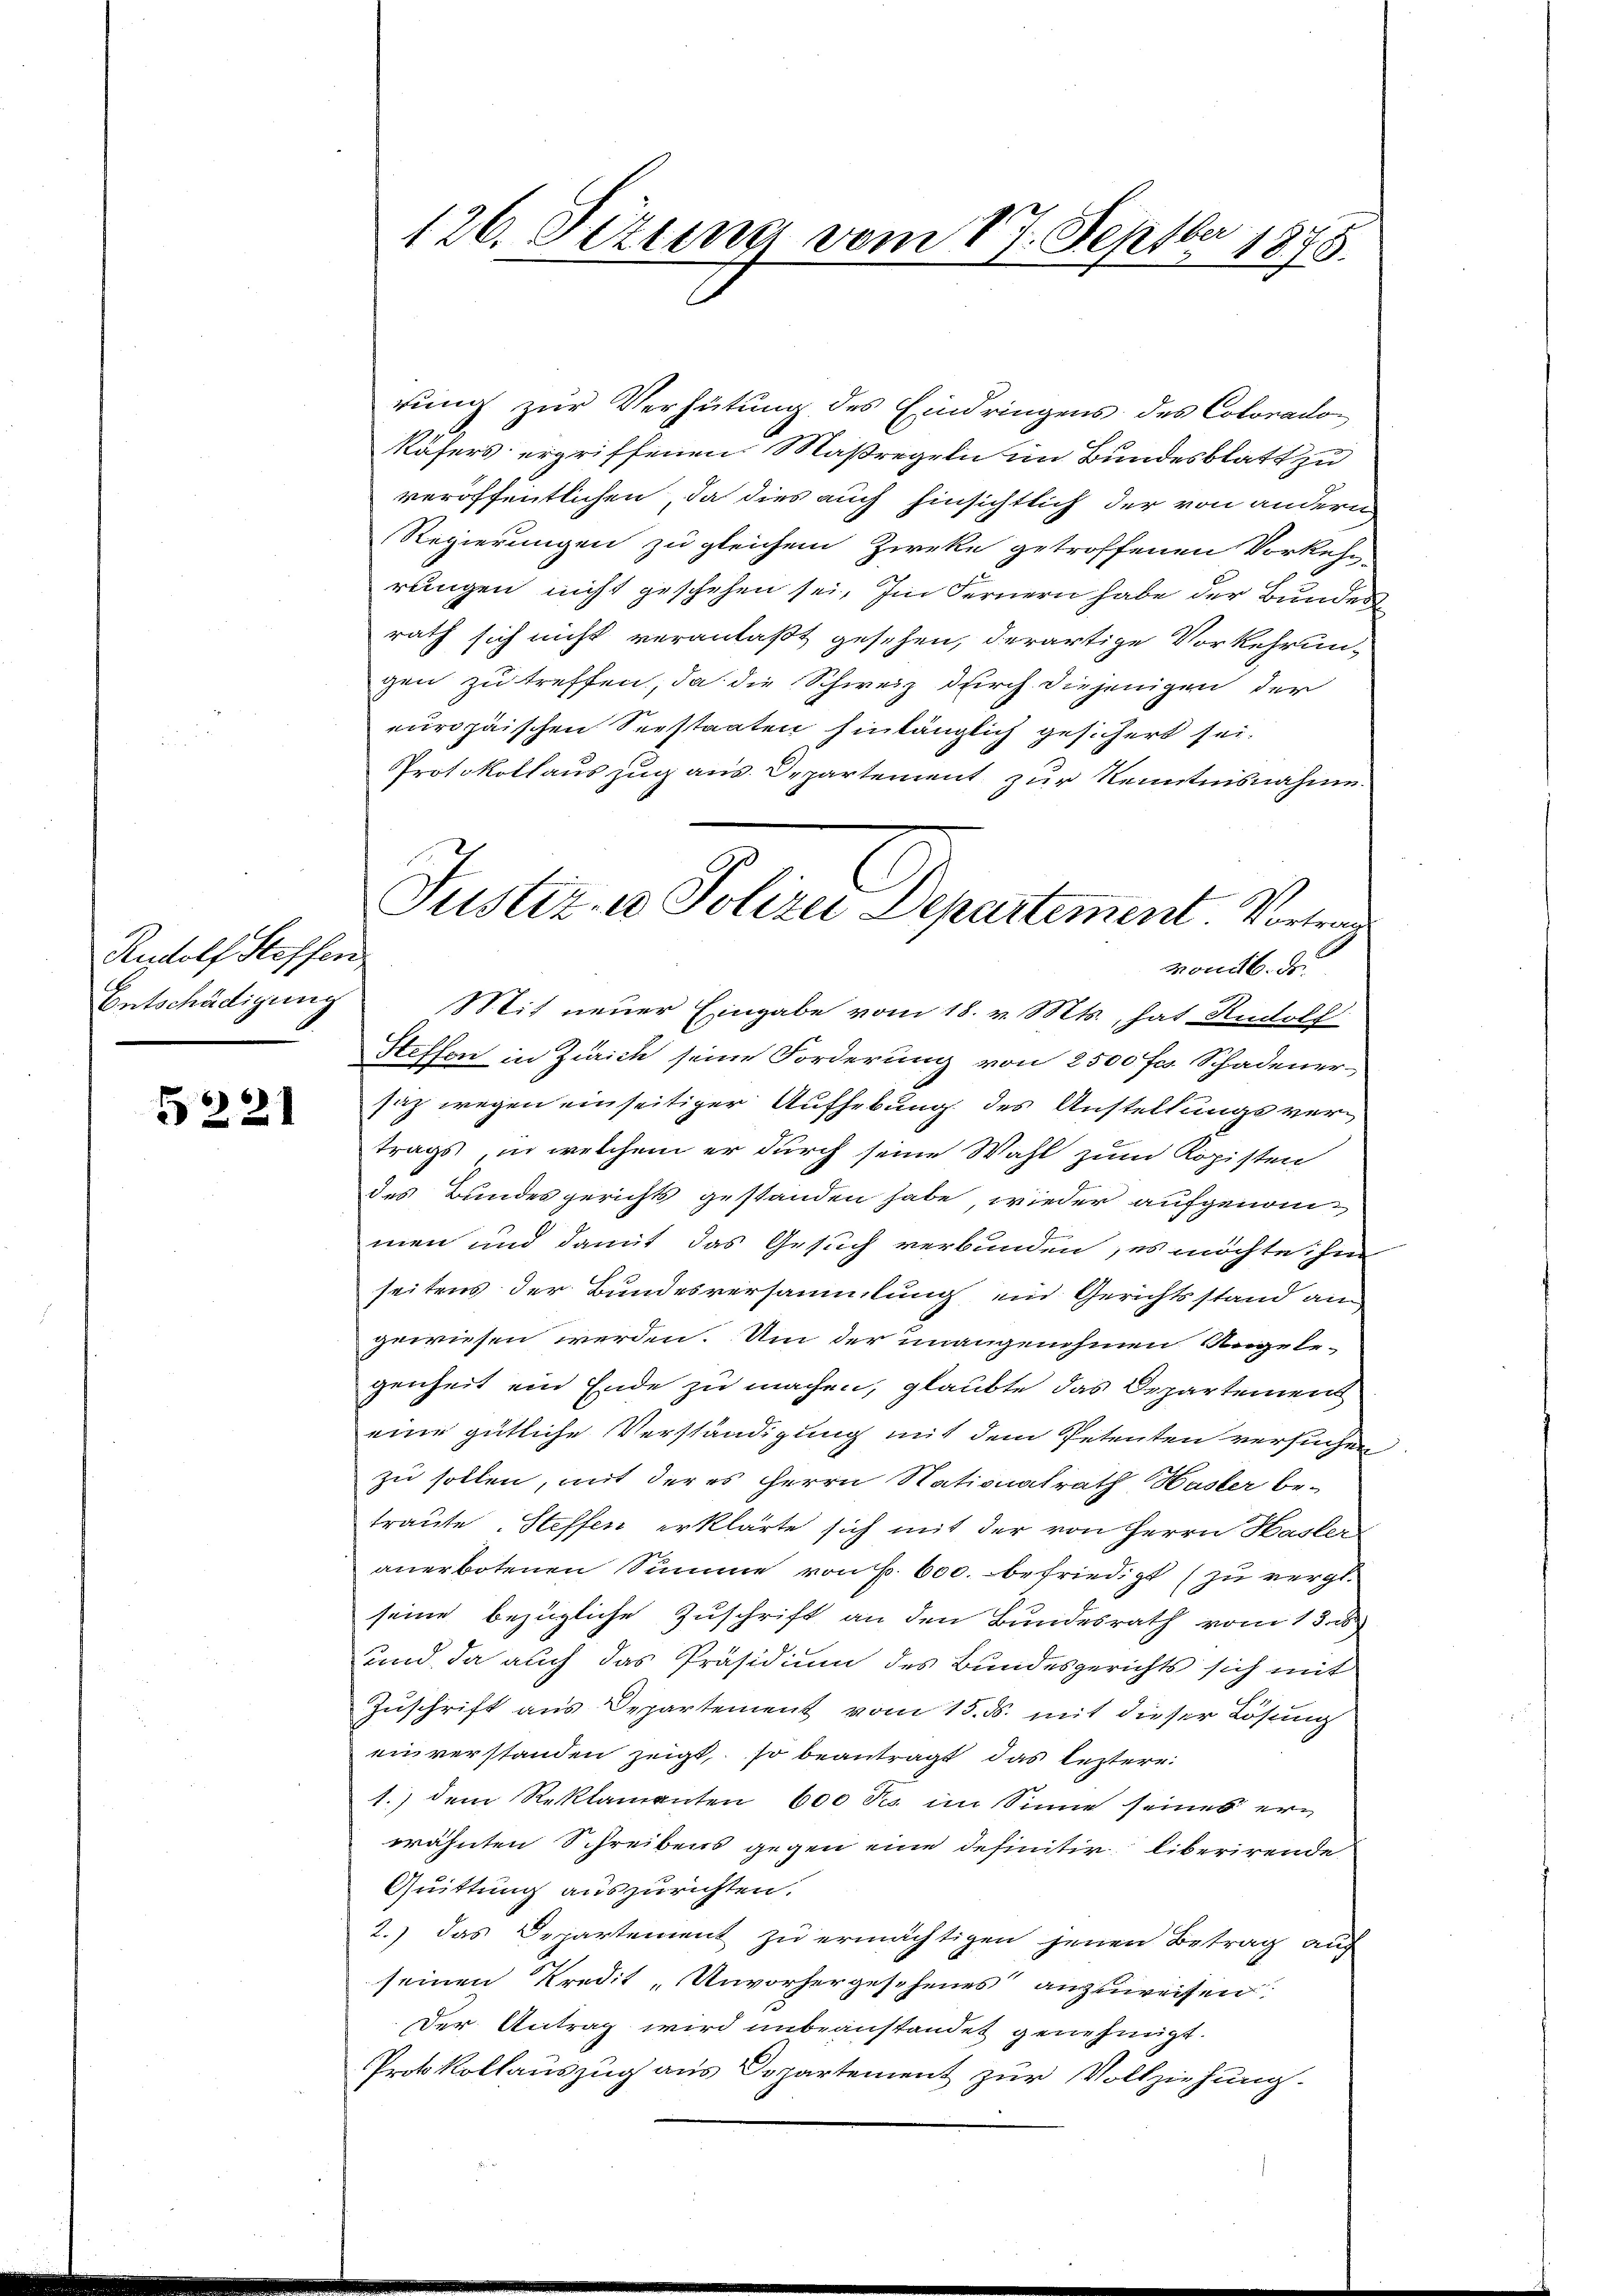
Rudolf Steffen
Entschädigung

5221

rung zur Verhütung des Eindringens des Colorado¬
Rösers ergriffenen Maßregeln im Bundesblatt zu
veröffentlichen, da dies auch hinsichtlich der von andern
Regierungen zu gleichem Zwecke getroffenen Vorkehr-
rungen nicht geschehen sei. Im Fernern habe der Bundes
rath sich nicht veranlaßt gesehen, derartige Vorkehrun-
gen zu treffen, da die Schweiz durch diejenigen der
europäischen Seestaaten hinlänglich gesichert sei.
Protokollauszug aus Departement zur Kenntnisnahme.
Mit neuer Eingabe vom 18. v. Mts., hat Rudolf
Heffen in Zürich seine Forderung von 2500 Fr. Schadenersaz wegen einseitiger Aufhebung des Anstellungsvertrags, in welchem er durch seine Wahl zum Kopisten
des Bundesgerichts gestanden habe, wieder aufgenommen und damit das Gesuch verbunden, es möchte. Im
seitens der Bundesversammlung ein Gerichtsstand an
gewiesen werden. Um der unangenehmen Ungele-
genheit ein Ende zu machen, glaubte das Departement
eine gütliche Verständigung mit dem Petenten versuchen
zu sollen, mit der es Herrn Nationalrath Hasler betraute Steffen erklärte sich mit der von Herrn Hasler
anerbotenen Summe von f. 600. befriedigt (zu vergl.
seine bezügliche Zuschrift an den Bundesrath vom 13. is
sund da auch das Präsidium des Bundesgerichts sich mit
Zuschrift aus Departement vom 15. ds. mit dieser Lösung
einverstanden zeigt, so beantragt das leztere
1.) dem Reklamanten 600 des im Sinne seines ern
wähnten Schreibens gegen eine definitir liberirende
Quittung auszurichten.
2.) das Departement zu ermächtigen jenen Betrag auf
seinen Kredit „Unvorhergesehenes anzuweisen.
Der Antrag wird unbeanstandet genehmigt.
Protokollauszug aus Departement zur Vollziehung.

ber
126. Jezung vom 17. Sept. 1875.

Justiz- u Polizei Departement. Vortrag
Mondb. d.